EELK_Tartu_Peetri_kogudus_(kirikutahed), lk 48
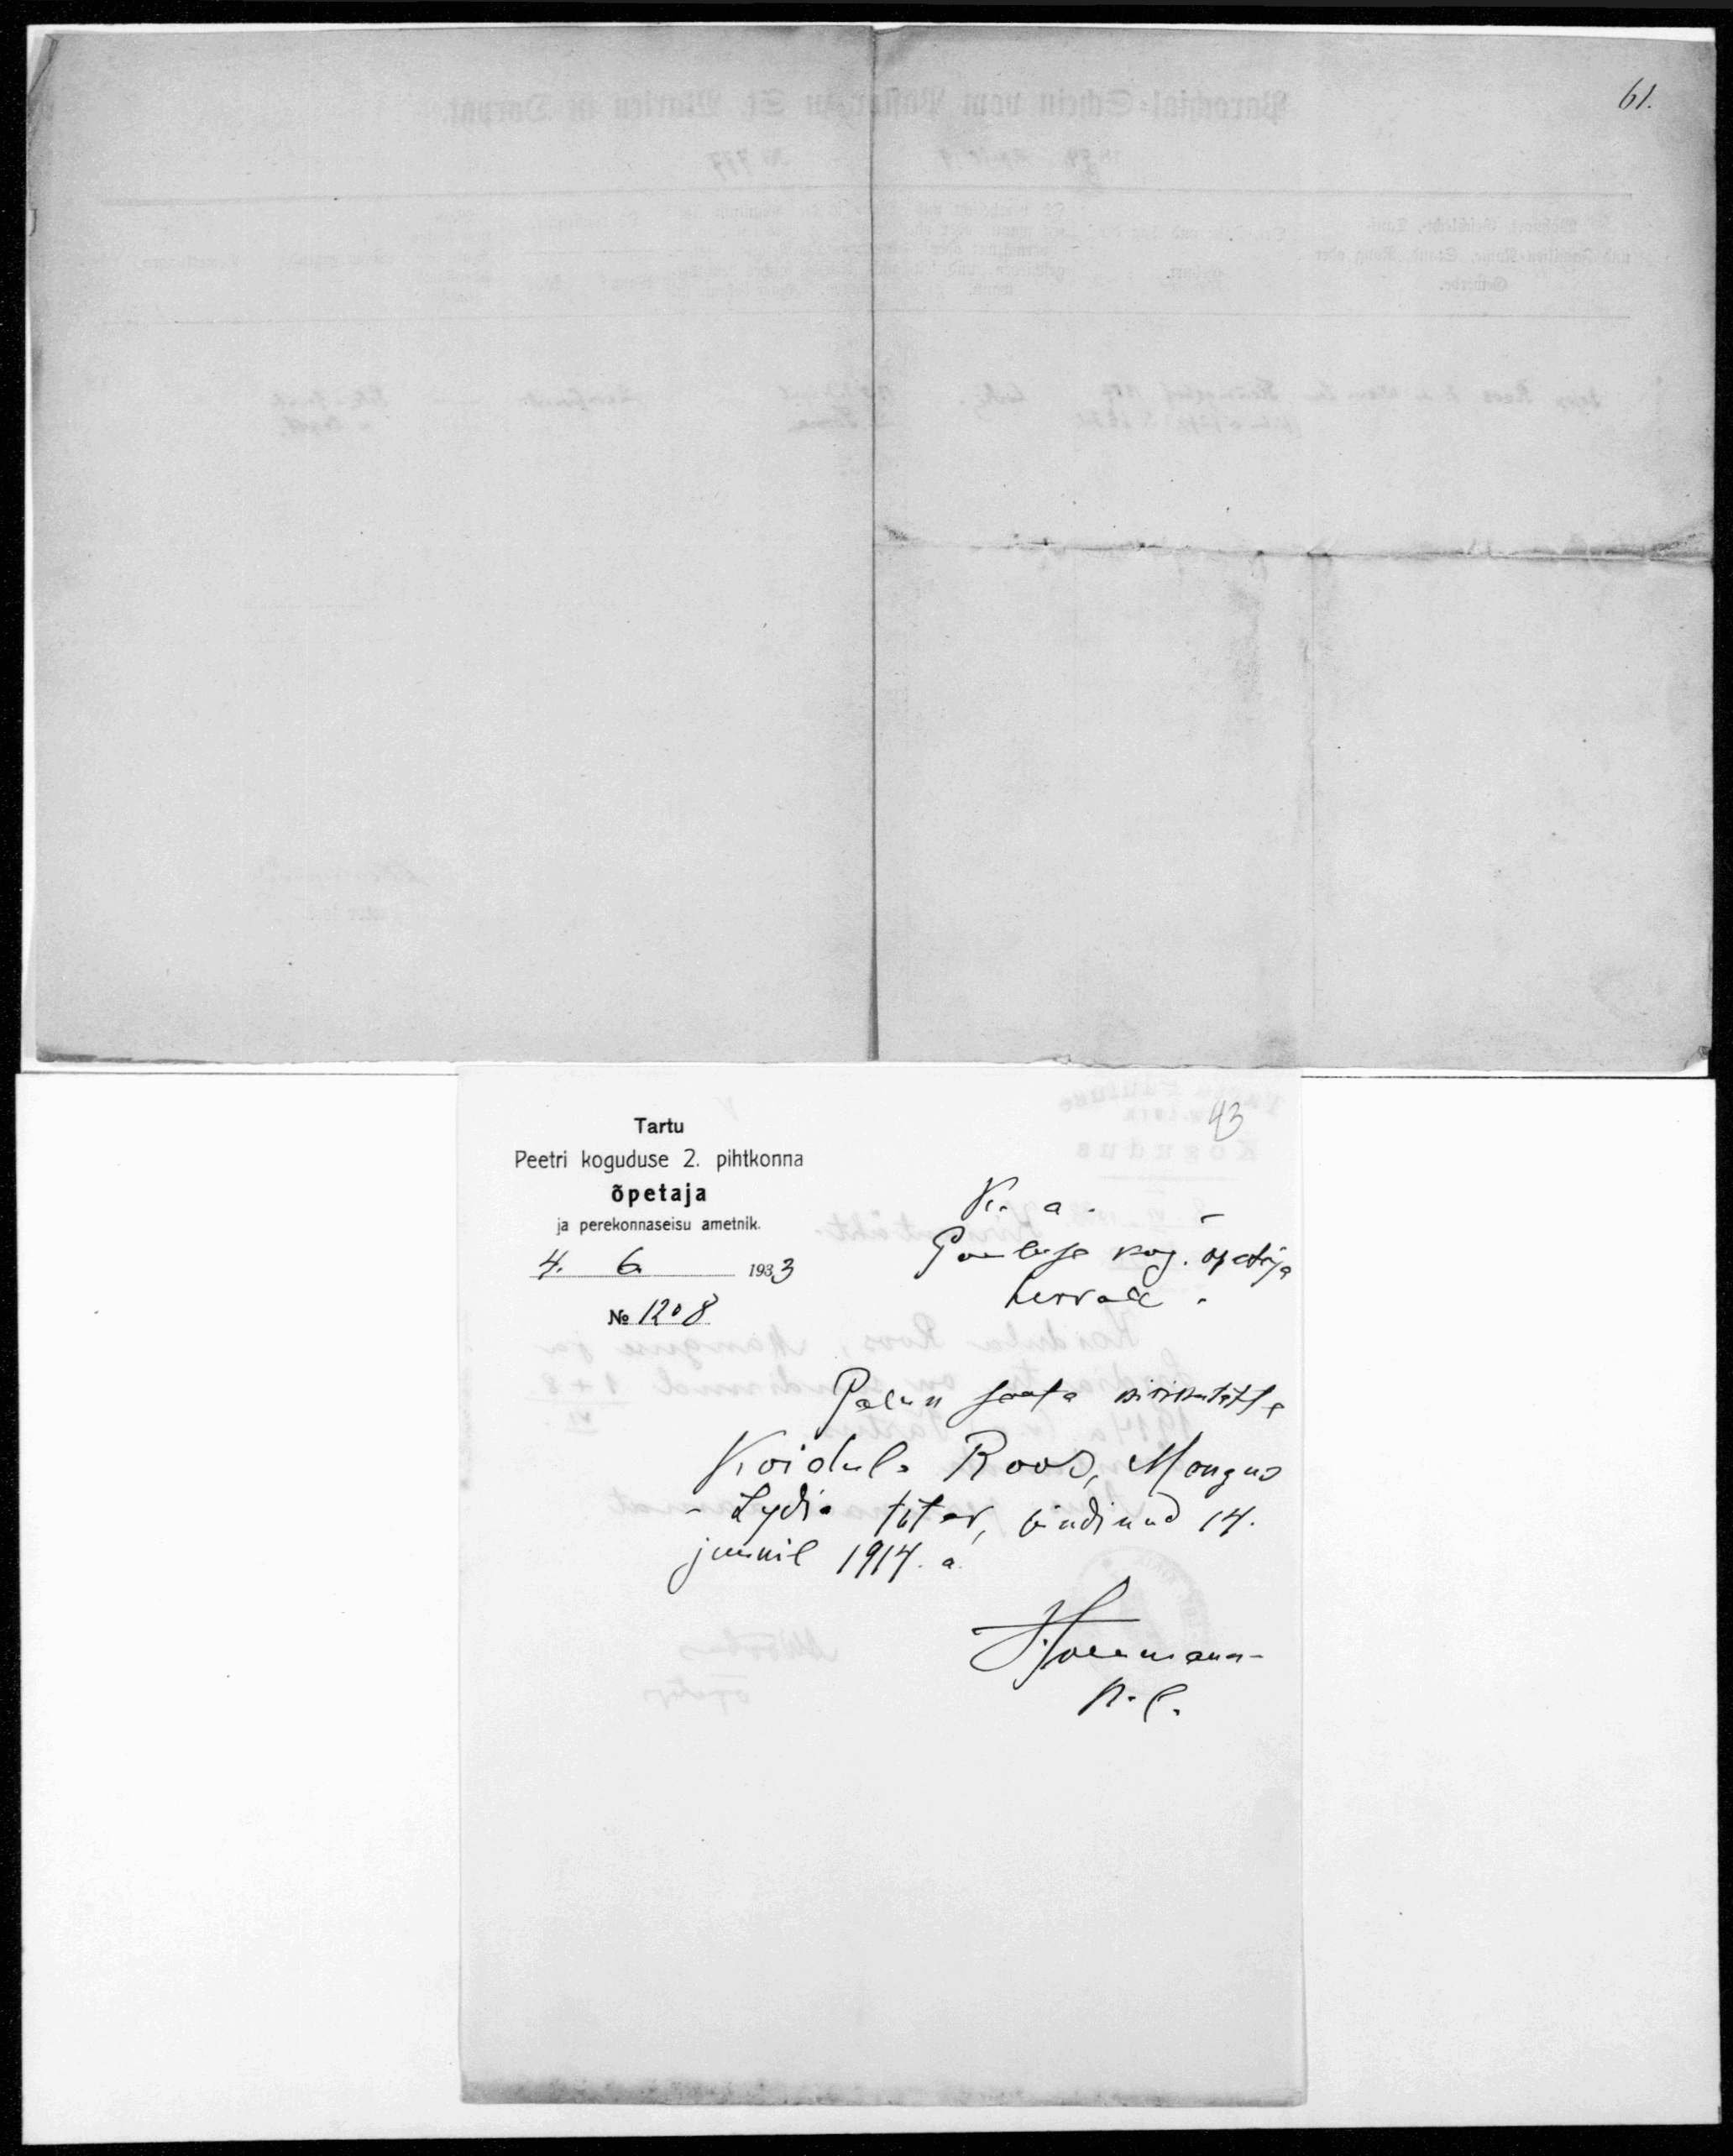
TartuPeetri koguduse 2. pihtkonnaõpetajaK. a.ja perekonnaseisu ametnikPauluse kog. õpetaja4. 6. 1933herraleNo 1208.Palun saata kirikutähtKoidula Roos, Margus- Lydia tütar, sündinud 14.juunil 1914.a.